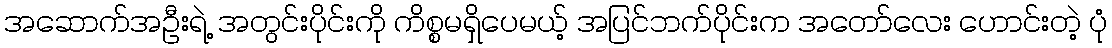
အဆောက်အဦးရဲ့ အတွင်းပိုင်းကို ကိစ္စမရှိပေမယ့် အပြင်ဘက်ပိုင်းက အတော်လေး ဟောင်းတဲ့ ပုံ